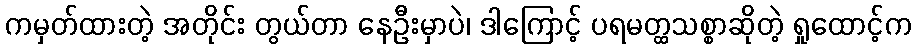
ကမှတ်ထားတဲ့ အတိုင်း တွယ်တာ နေဦးမှာပဲ၊ ဒါကြောင့် ပရမတ္ထသစ္စာဆိုတဲ့ ရှုထောင့်က